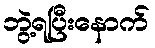
ဘွဲ့ရပြီးနောက်